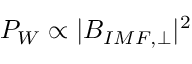
P _ { W } \propto | B _ { I M F , \perp } | ^ { 2 }